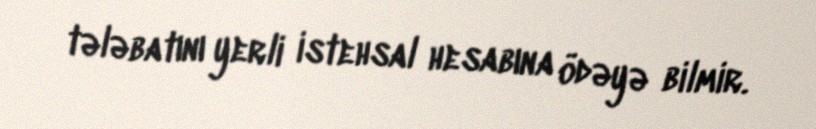
tələbatını yerli istehsal hesabına ödəyə bilmir.